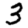
Digit: 3